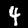
Digit: 4